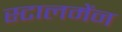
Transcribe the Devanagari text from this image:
स्टालमेंन